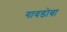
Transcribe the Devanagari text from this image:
गावडोबा